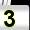
Digit: 3